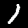
Digit: 1